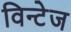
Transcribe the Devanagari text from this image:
विन्टेज